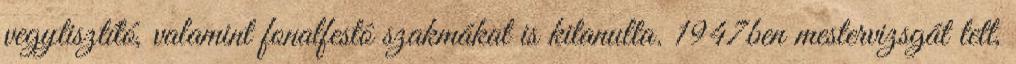
vegytisztító, valamint fonalfestô szakmákat is kitanulta. 1947ben mestervizsgát tett,